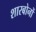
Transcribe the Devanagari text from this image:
शारबोनों